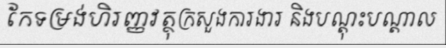
កែទម្រង់ហិរញ្ញវត្ថុក្រសួងការងារ និងបណ្តុះបណ្តាល